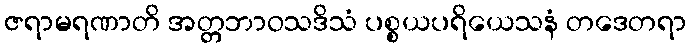
ဇရာမရဏာတိ အတ္တဘာဝသဒိသံ ပစ္စယပရိယေသနံ တဒေတရာ